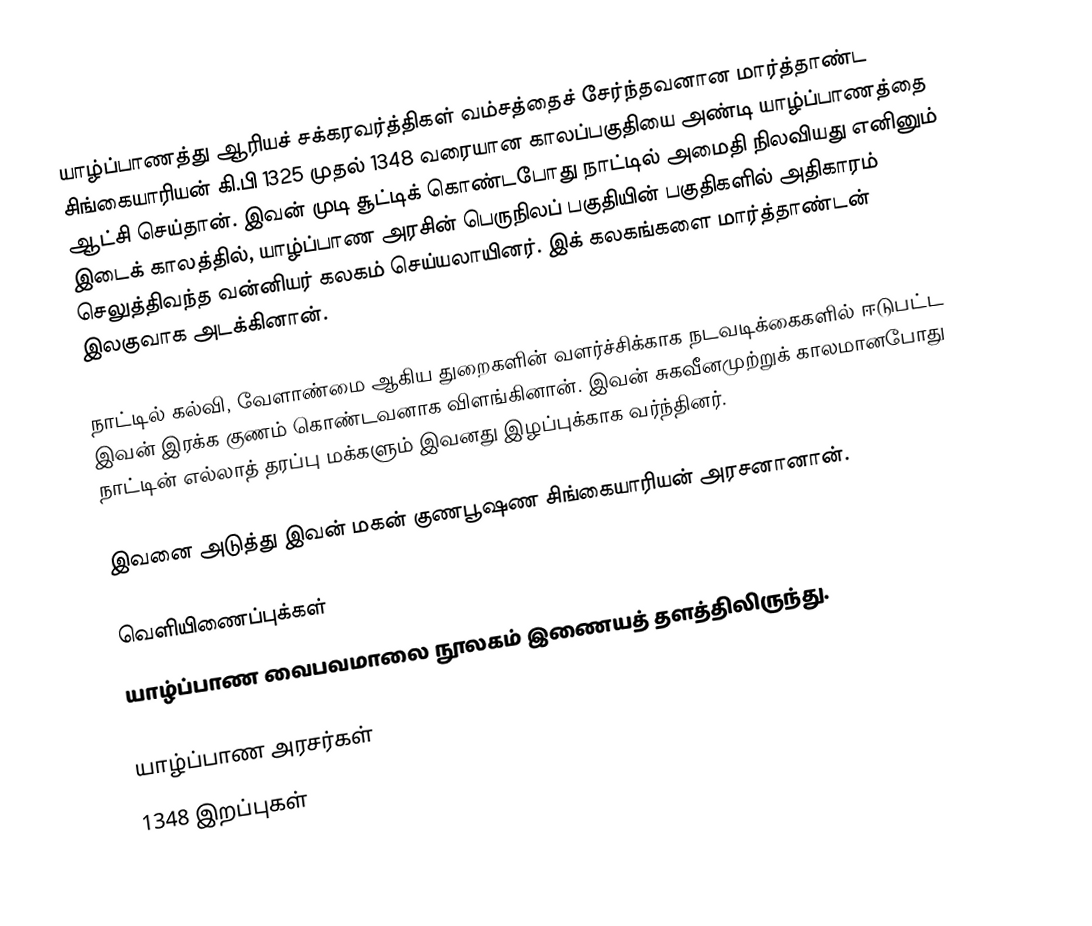
யாழ்ப்பாணத்து ஆரியச் சக்கரவர்த்திகள் வம்சத்தைச் சேர்ந்தவனான மார்த்தாண்ட சிங்கையாரியன் கி.பி 1325 முதல் 1348 வரையான காலப்பகுதியை அண்டி யாழ்ப்பாணத்தை ஆட்சி செய்தான். இவன் முடி சூட்டிக் கொண்டபோது நாட்டில் அமைதி நிலவியது எனினும் இடைக் காலத்தில், யாழ்ப்பாண அரசின் பெருநிலப் பகுதியின் பகுதிகளில் அதிகாரம் செலுத்திவந்த வன்னியர் கலகம் செய்யலாயினர். இக் கலகங்களை மார்த்தாண்டன் இலகுவாக அடக்கினான்.

நாட்டில் கல்வி, வேளாண்மை ஆகிய துறைகளின் வளர்ச்சிக்காக நடவடிக்கைகளில் ஈடுபட்ட இவன் இரக்க குணம் கொண்டவனாக விளங்கினான். இவன் சுகவீனமுற்றுக் காலமானபோது நாட்டின் எல்லாத் தரப்பு மக்களும் இவனது இழப்புக்காக வர்ந்தினர்.

இவனை அடுத்து இவன் மகன் குணபூஷண சிங்கையாரியன் அரசனானான்.

வெளியிணைப்புக்கள்
 யாழ்ப்பாண வைபவமாலை  நூலகம் இணையத் தளத்திலிருந்து.

யாழ்ப்பாண அரசர்கள்
1348 இறப்புகள்